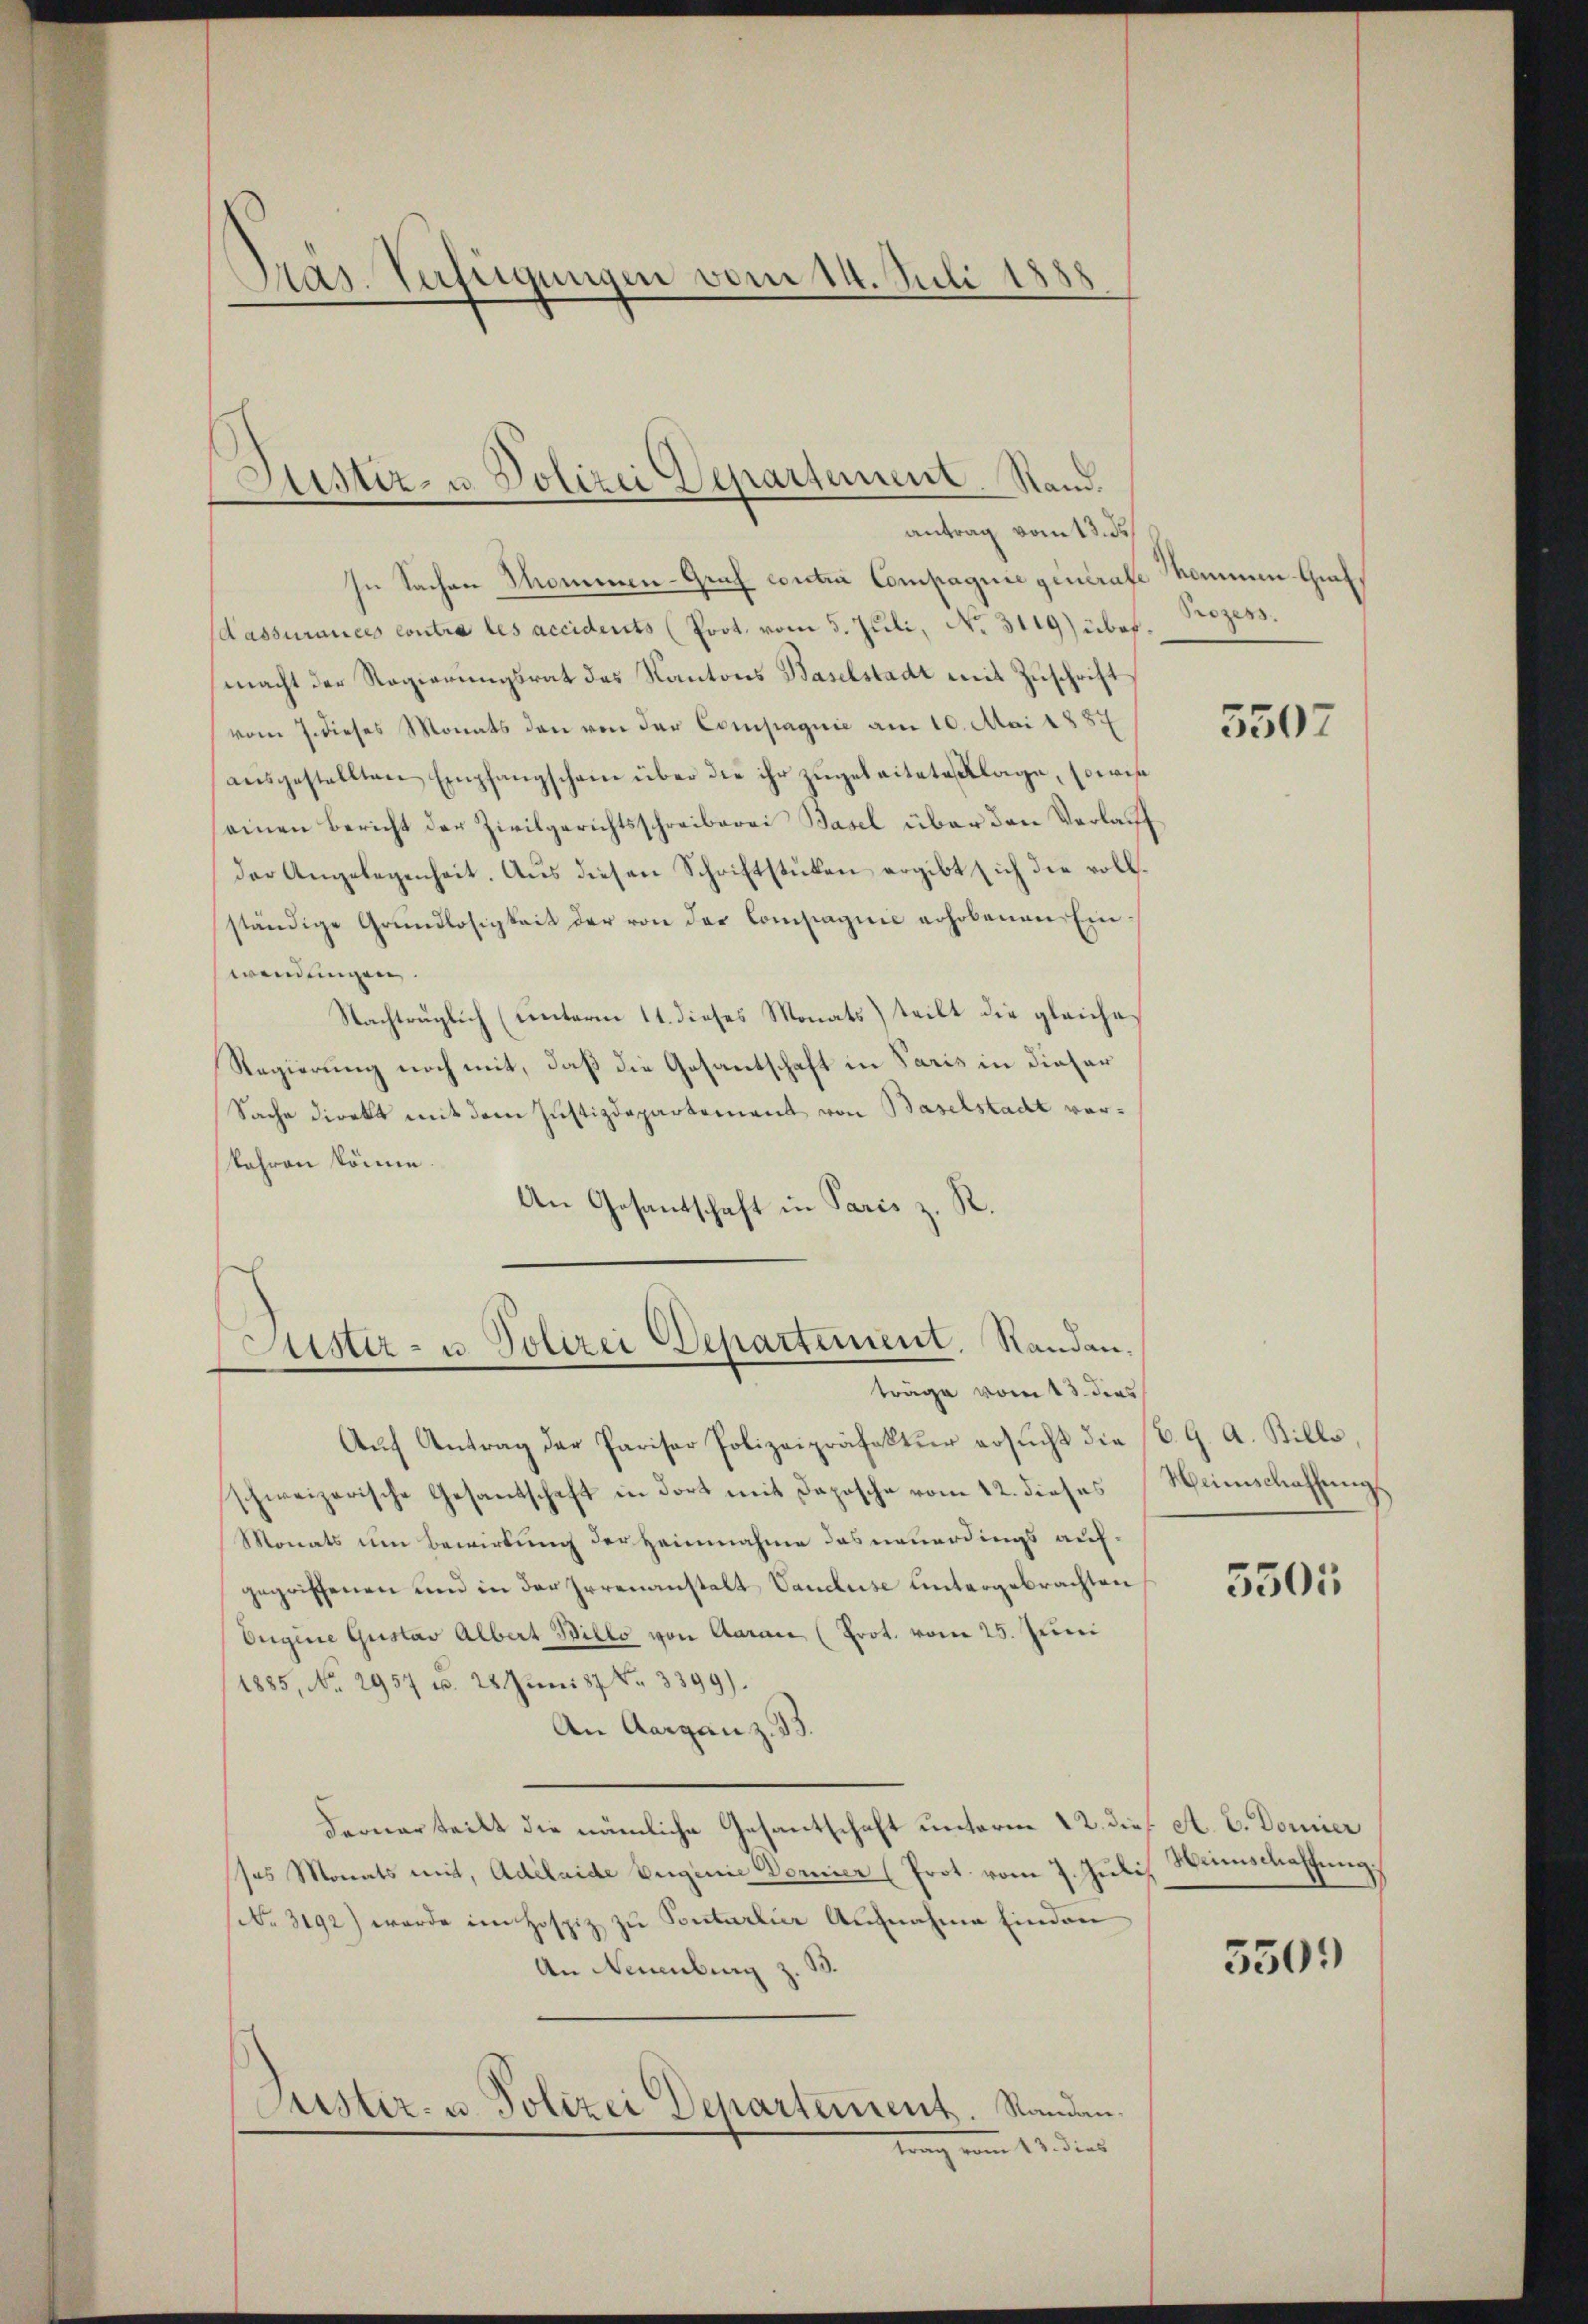
Präs. Verfügungen vom 14. Juli 188

Justiz- u Polizei Departement. Stand.
antrag vom 13. ds

In Sachen Thommen-Graf contra Compagnie generate
(assurances contra les accidents (Prot. vom 5. Juli, No. 3119) übermacht der Regierungsrat des Kantons Baselstadt mit Zuschrift
vom 7. dieses Monats den von der Compagnie am 10. Mai 1887
aŭsgestellten Empfangschain über die ihr zugeleitete Klage, sowis
seinen Bericht der Zivilgerichtsschreiberei Basel über den Verlaff
der Angelegenheit. Aus diesen Schriftstücken ergibt sich die vollständige Grundlosigkeit der von der Compagnie erhobenen Einwendungen.
Nachtrüglich (unterm 11. dieses Monats) teilt die gleiche
Regierung noch mit, daß die Gesantschaft in Paris in dieser
Sache direkt mit dem Justizdepartement von Baselstadt vorbahren könne.
An Gesantschaft in Paris z. R.

Justiz- u. Polizei Departement. Randanträge vom 13. dies

Aŭf Antrag der Parisor Polizeipräfektur ersŭcht die (CG. A. Bille,
schweizerische Gesantschaft in dort mit Daposche vom 12. dieses
Monats um Bewirtung der Heimnahme das neuerdings aufgegriffenen und in der Irrenanstalt Vanduse untergebrachten
Origine Gustav Albert Billo von Aaraić (Prot. vom 25. Juni
1885, No. 2957 u. 28. Juni 187 Fr. 3399).
An Aargau z. B.
Ferner teilt die nämliche Gesantschaft unterm 22. dieß. A. E. Domier
ses Monats mit, Adelaide Eugenie Dornier (Prot. vom 7. Julis Weienschaffung.
No. 3192) werde im Hospiz zu Pontarlier Aufnahme Einden
An Neuenburg z. B.
Justiz- u. Polizei Departement. Randantrag vom 13. dies

nommen Graf
Prozess

5507

Weinschaffung

5501

550.